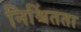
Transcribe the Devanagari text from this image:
निश्चिंतता